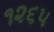
૧૨૬૫